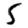
Digit: 5